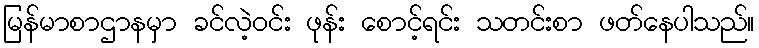
မြန်မာစာဌာနမှာ ခင်လဲ့ဝင်း ဖုန်း စောင့်ရင်း သတင်းစာ ဖတ်နေပါသည်။